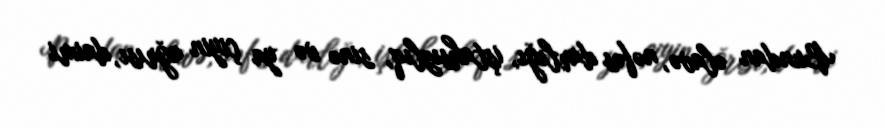
Bundan əlavə, nəfəs darlığı, iştahsızlıq, sinə və ya çiyin ağrısı, daimi